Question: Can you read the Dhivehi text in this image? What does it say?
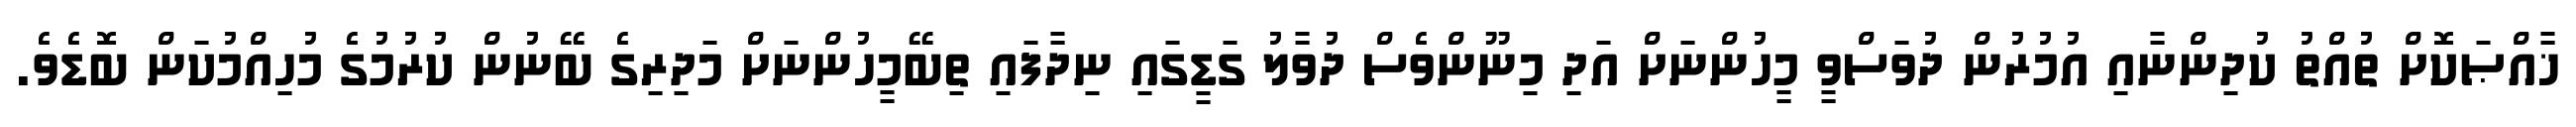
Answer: ޚާއްޞަކޮށް ތުއްތު ކުދިންނާއި އުމުރުން ދުވަސްވީ މީހުންނަށް އަދި މިނޫންވެސް ދުވާލު ގަޑީގައި ނިދާފައި ތިބޭމީހުންނަށް މަދިރިގެ ބޭނުން ކުރުމުގެ މުހިއްމުކަން ބޮޑެވެ.